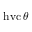
\operatorname { h v c } \theta